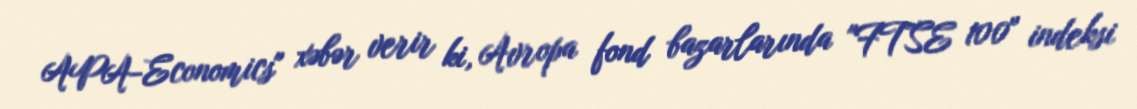
APA-Economics" xəbər verir ki, Avropa fond bazarlarında "FTSE 100" indeksi